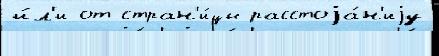
и́л'и от стран'и́цы расстоjа́н'иjу